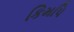
કિમપિ